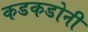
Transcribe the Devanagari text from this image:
कडकडोनी